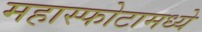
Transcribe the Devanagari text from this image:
महास्फोटामध्ये